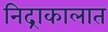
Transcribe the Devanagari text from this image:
निद्राकालात